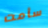
سأمت